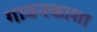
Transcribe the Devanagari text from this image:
गावनकाशा